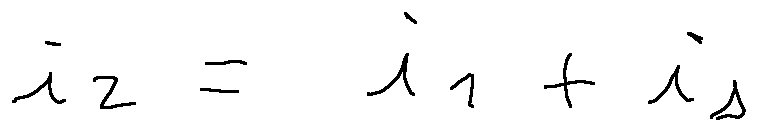
i _ { 2 } = i _ { 1 } + i _ { s }